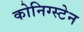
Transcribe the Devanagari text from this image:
कोनिग्स्टेन